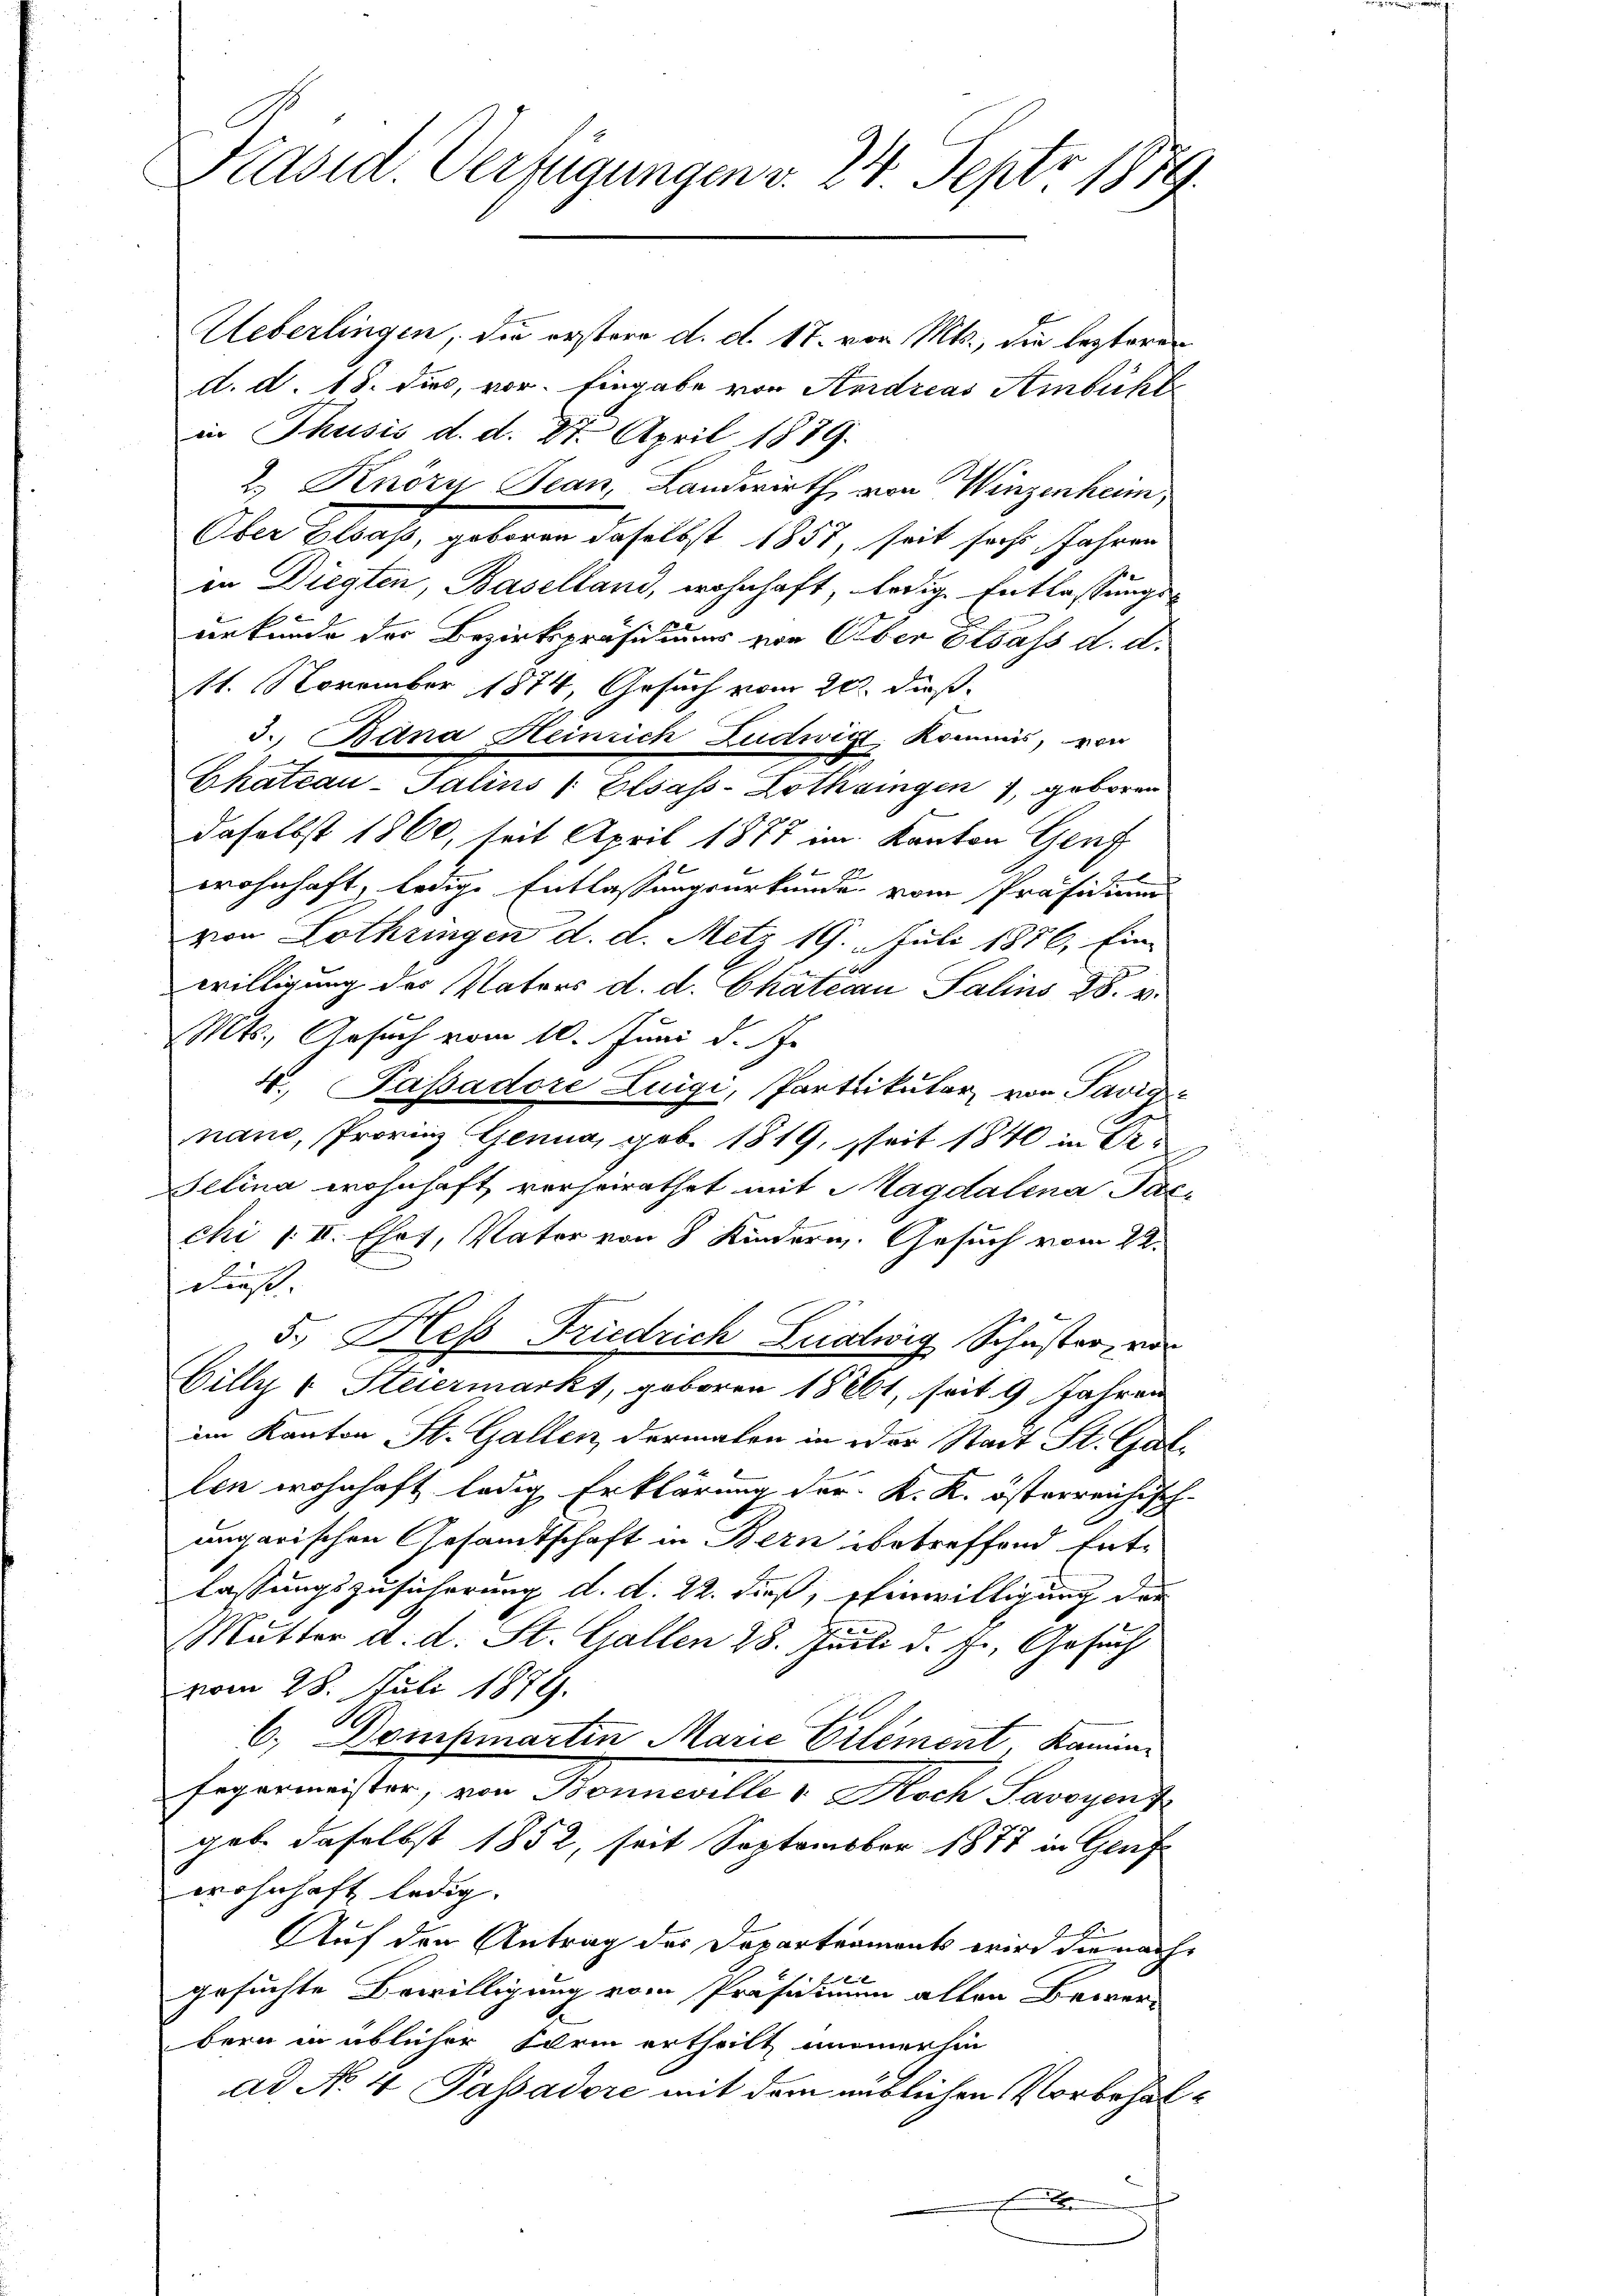
Präsid. Verfügungen v. 24. Septo 1879.

Ueberlingen, die erstere d. d. 17. von Mts., die lezteren
d. d. 18. dies, vor. Eingabe von Aordreas Ambühl
in Thusis d. d. 27. April 1889.
2.) Knörn Jean, Landwirth, von Winzenheim
Ober Elsass, geboren daselbst 1851, seit sechs Jahren
in Diegten, Baselland, wohnhaft, ledige Entlassungsurkunde der Bezirkspräsidiums von Über Elsass d. d.
11. November 1874, Gesuch vom 20. dieß
3. Bana Heinrich Ludwigt, Kommis, von
t
Chateau-Salins (Elsass-Lothringen, geboren
daselbst 1860, seit April 1877 im Kanton Genf
wohnhaft, ledige Entlassungsurkunde vom Präsidium
von Lothringen d. d. Metz 19. Juli 1876. Ein-
willigung des Vaters d. d. Chätern Salins 28. v.
Mts., Gesuch vom 10. Juni d. J.
4. Passadore Luigi, Partikular von Savig
nano, Provinz Genua, geb. 1819, seit 1840 in d
Selina wohnhaft, verheirathet mit Magdalena Tacchi / II. Ehof, Vater von 8 Kindern. Gesuch vom 24.
dieß.
5. Hess Friedrich Luatwig Schuster, von
Cilly v. Steiermarkt, geboren 18261, seit 9 Jahren
im Kanton St. Gallen, dermalen in der Stadt St. Gallen wohnhaft ledig Erklärung der K. K. österreichisch-
a
ungarischen Gesandtschaft in Bern betreffend Ent-
lassungszusicherung d. d. 22. dieß, Einwilligung der
Mutter d. d. St. Gallen 28. Juli d. Js., Gesuch
vom 28. Juli 1879.
b. Dompmartin Marie Eilement, Kamin¬
Fegermeister, von Bonneville 1. Noch Savoyen
geb. daselbst 1852, seit September 1877 in Genf
wohnhaft ledig- |
Auf den Antrag des Departeament wird die nachgesuchte Bewilligung vom Präsidium allen Bewerbern in üblicher Form ertheilt immerhin
ad No 4 Passadere mit dem entlichen Vorbehale